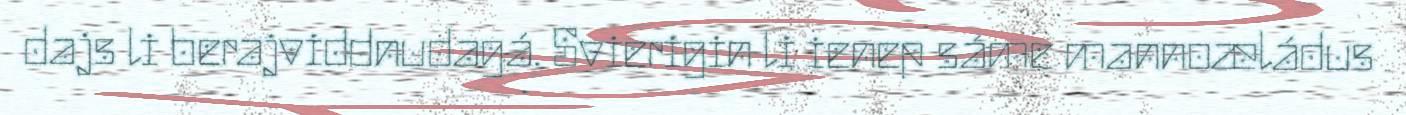
dajs li berajviddnudagá. Svierigin li ienep sáme mannoæládus